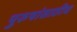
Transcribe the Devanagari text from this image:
पुरुषांसाठीच